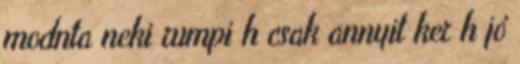
modnta neki rumpi h csak annyit ker h jó